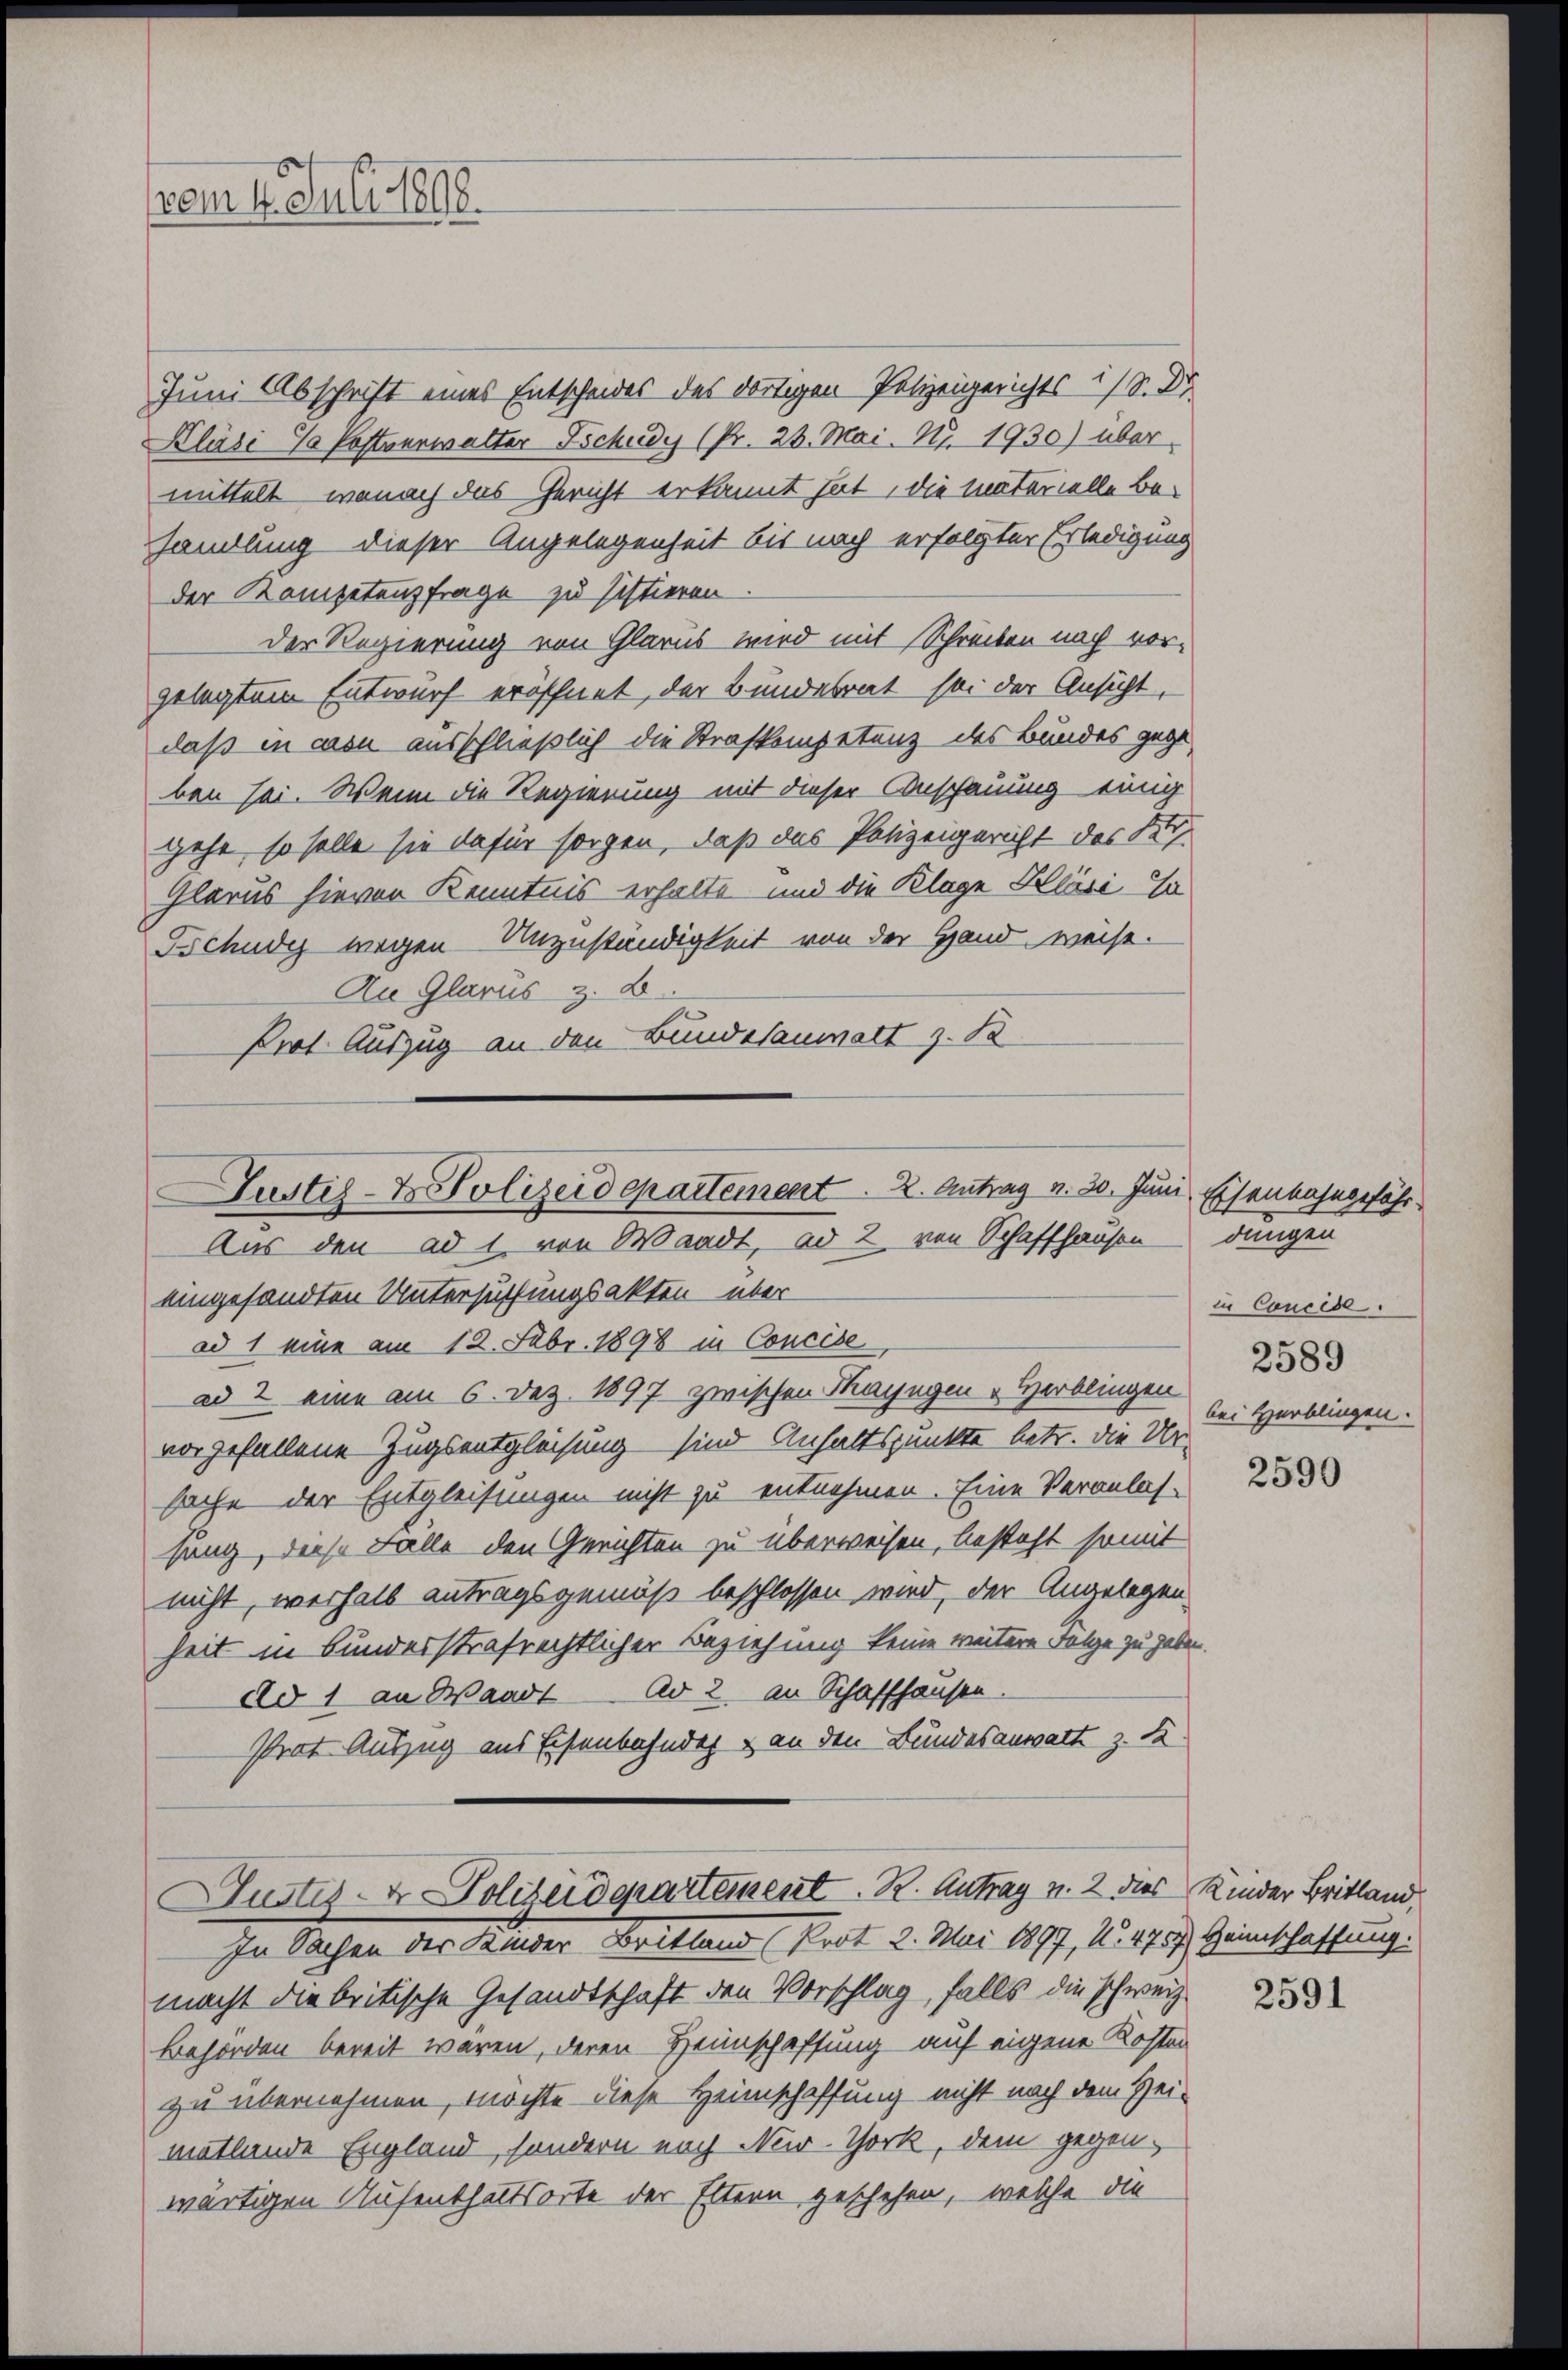
vom 4. Juli 1898.

Juni Abschrift eines Entscheides des dortigen Polizeigerichts ist. Dr
Kläsi % Postverwalter Schudy (Pr. 28. Mai. Nr. 1930) über
mittelt, wonach das Gericht erkannt hat, die Materielle Be-
handlung dieser Angelegenheit bis nach erfolgter Erledigung
der Kompetenzfrage zu sistieren
der Regierung von Glarus wird mit Schreiben nach vorgelegtem Entwurf eröffnet, der Bundesrat sei der Ansicht,
daß in con ausschließlich die Strafkompetenz des Bundes gege
ben sei. Wenn die Regierung mit dieser Anschauung einig
gehe, so solle sie dafür sorgen, daß das Polizeigericht des Ber
Glarus hievon Kenntnis erhalte und die Klage Kläsi-
Tschudi wegen Unzuständigkeit von der Hand weise.
An Glarus z. B.
Prot. Auszug an den Bundesanwalt z. B

Justiz- & Polizeidepartement. 2. Antrag v. 20. Juni, Eisenbahngefähr
Aus den ad 1. von Waadt, ad 2. von Schaffhausendungen
eingesandten Untersuchungsakten über
ad 1 eine am 12. Febr. 1898 in Concise

ad 2 eine am 6. Dez. 1897 zwischen Kaisegen „Herblingen
vorgefallene Zugsentgleichung sind Anhaltspunkte betr. die Ursache der Entgleisungen nicht zu entnehmen. Eine Veranlas-
sang, diese Fälle den Gerichten zu überweisen, besteht somit
nicht, weshalb antragsgemäß beschlossen wird, der Angelegen.
heit in bundesstrafrechtlicher Beziehung keine weitere Folge zu haben.
dd 1 an Waadt ad 2. an Schaffhausen.
Prat Auszug aus Eisenbahndet & an den Bundesanwalt z. B.
Guster- & Polizeidepartement. R. Antrag v. 2 dies Kinder Britland,
In Sachen der Kinder Britland (Prot 2. Mai 1897, N. 475. Heimschaftung.
macht die britische Gesandtschaft den Vorschlag, falls die schweiz.
Behörden bereit wären, deren Heimschaffung auf eigene Kosten
zu übernehmen, möchte diese Heimschaffung nicht nach dem Zei-
mattende England, sondern nach New-York, dem gegenwärtigen Aufenthaltsorte der Eltern geschehen, welche die

in Concise.
2589
bei Verblingen.

2590

2591